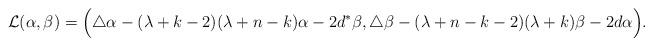
LaTeX: \begin{align*}\mathcal{L}(\alpha, \beta) = \Big( \triangle\alpha - (\lambda+k-2)(\lambda+n-k)\alpha -2d^\ast\beta, \triangle\beta - (\lambda+n-k-2)(\lambda+k)\beta -2d\alpha \Big).\end{align*}